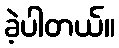
ခဲ့ပါတယ်။